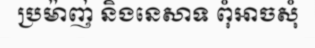
ប្រម៉ាញ់ និងនេសាទ ពុំអាចសុំ